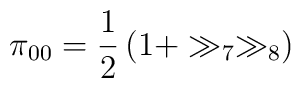
\pi_{00} =\frac{1}{2}\left(1+\gg_7\gg_8\right)